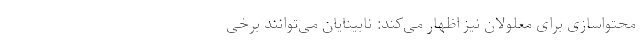
محتواسازی برای معلولان نیز اظهار می‌کند: نابینایان می‌توانند برخی